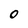
Character: O